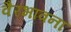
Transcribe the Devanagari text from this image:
वैरभावना